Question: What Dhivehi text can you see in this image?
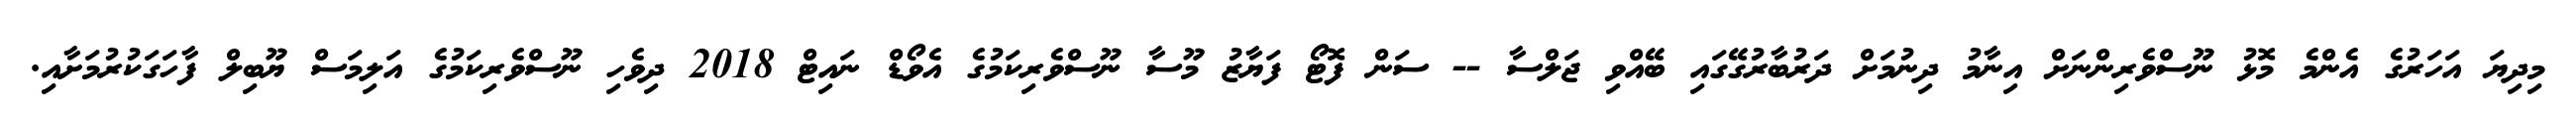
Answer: މިދިޔަ އަހަރުގެ އެންމެ މޮޅު ނޫސްވެރިންނަށް އިނާމު ދިނުމަށް ދަރުބާރުގޭގައި ބޭއްވި ޖަލްސާ -- ސަން ފޮޓޯ ފަޔާޒު މޫސާ ނޫސްވެރިކަމުގެ އެވޯޑް ނައިޓް 2018 ދިވެހި ނޫސްވެރިކަމުގެ އަލިމަސް ޔޫބިލް ފާހަގަކުރުމަށާއި.